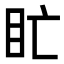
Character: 盳